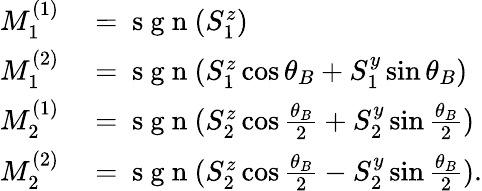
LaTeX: \begin{array}{rl}{M_{1}^{(1)}}&{{}=\mathrm{~s~g~n~}(S_{1}^{z})}\\ {M_{1}^{(2)}}&{{}=\mathrm{~s~g~n~}(S_{1}^{z}\cos\theta_{B}+S_{1}^{y}\sin\theta_{B})}\\ {M_{2}^{(1)}}&{{}=\mathrm{~s~g~n~}(S_{2}^{z}\cos\frac{\theta_{B}}{2}+S_{2}^{y}\sin\frac{\theta_{B}}{2})}\\ {M_{2}^{(2)}}&{{}=\mathrm{~s~g~n~}(S_{2}^{z}\cos\frac{\theta_{B}}{2}-S_{2}^{y}\sin\frac{\theta_{B}}{2}).}\end{array}